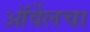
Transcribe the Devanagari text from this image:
ऑर्वेलचा